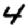
Digit: 4